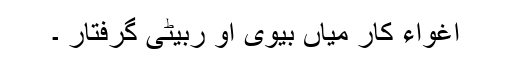
اغواء کار میاں بیوی او ربیٹی گرفتار ۔